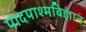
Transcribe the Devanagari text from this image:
पादपाश्मविज्ञान